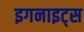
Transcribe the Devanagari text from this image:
इगनाइट्स